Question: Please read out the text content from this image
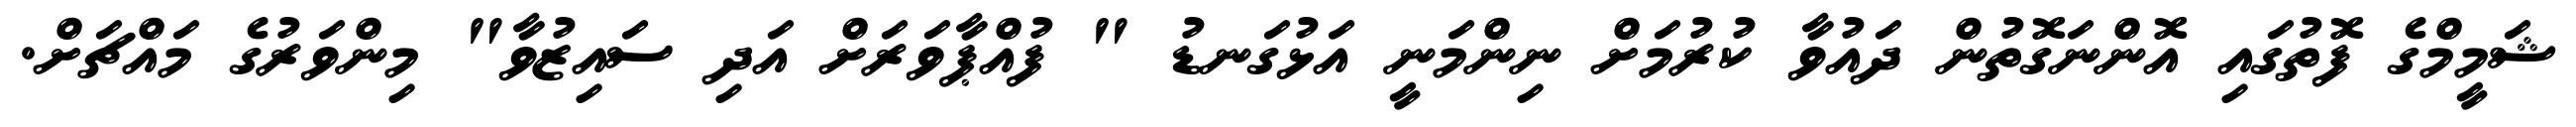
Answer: ޝަމީމްގެ ފޮތުގައި އޮންނަގޮތުން ދައުވާ ކުރުމަށް ނިންމަނީ އަޅުގަނޑު " ފުއްޕާވަރަށް އަދި ސައިޒުވާ" މިންވަރުގެ މައްޗަށް.